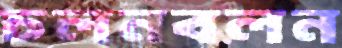
চলনবলন